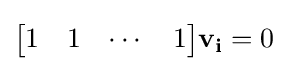
{\begin{bmatrix}1&1&\cdots &1\\\end{bmatrix}}\mathbf {v_{i}} =0